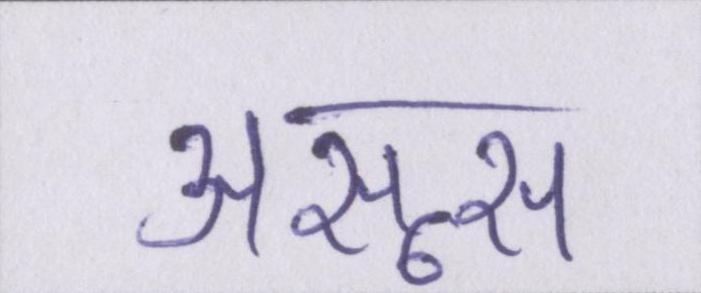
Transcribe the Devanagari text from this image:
असूस